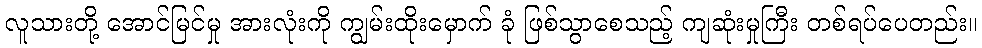
လူသားတို့ အောင်မြင်မှု အားလုံးကို ကျွမ်းထိုးမှောက် ခုံ ဖြစ်သွာစေသည့် ကျဆုံးမှုကြီး တစ်ရပ်ပေတည်း။